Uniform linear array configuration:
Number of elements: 24
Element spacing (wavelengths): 0.75
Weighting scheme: kaiser
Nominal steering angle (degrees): -60
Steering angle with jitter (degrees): -59.046
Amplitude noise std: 0.05
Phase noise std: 0.05

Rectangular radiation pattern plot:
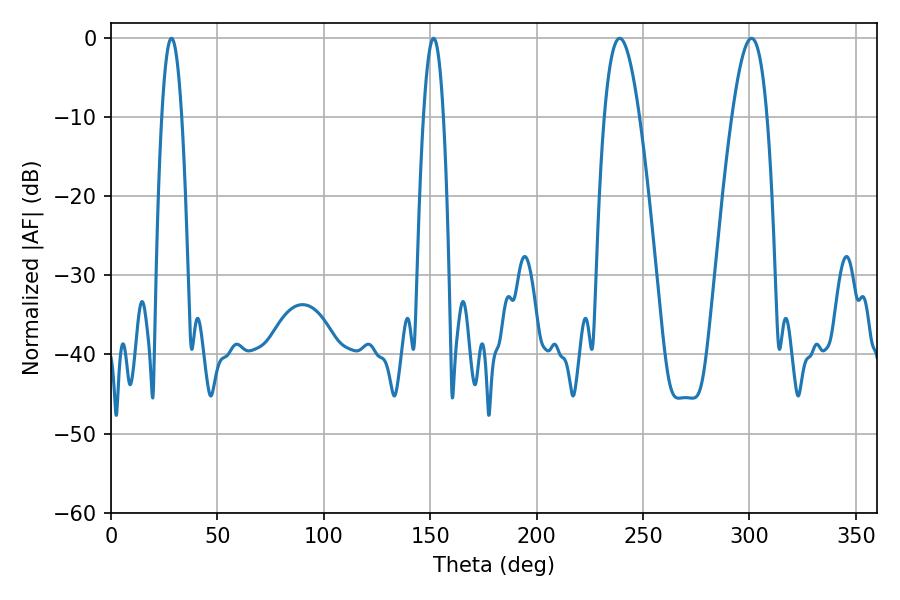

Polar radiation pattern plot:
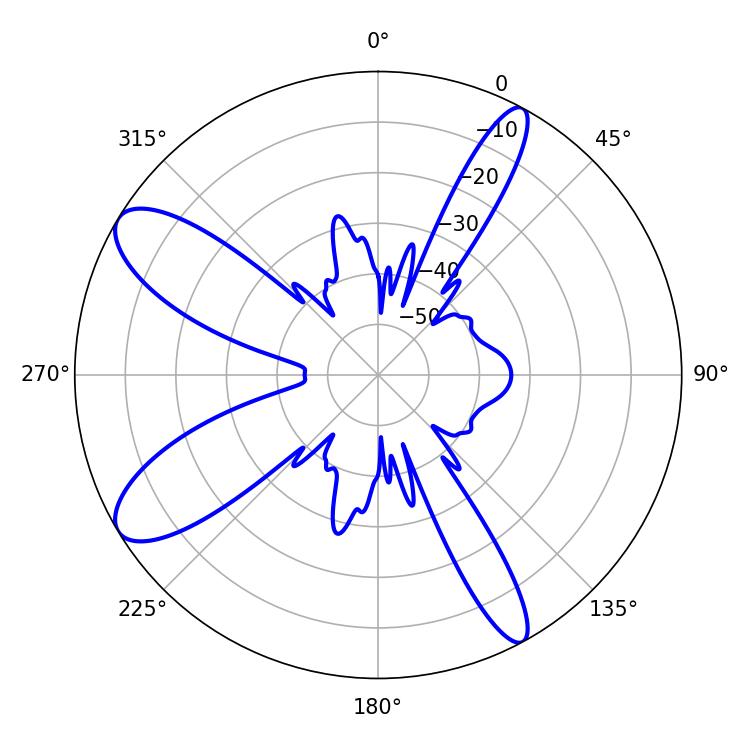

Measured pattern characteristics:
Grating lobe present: TRUE
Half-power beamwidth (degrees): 9
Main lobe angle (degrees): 239.04